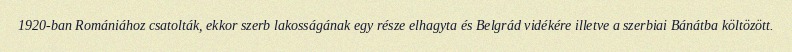
1920-ban Romániához csatolták, ekkor szerb lakosságának egy része elhagyta és Belgrád vidékére illetve a szerbiai Bánátba költözött.